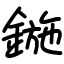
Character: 鍦